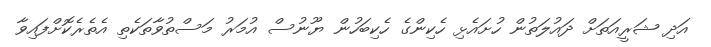
އަދި ޝަރީއަތަށް ދައުލަތުން ހުށައެޅި ހެކިންގެ ހެކިބަހުން ޔޫނުސް އުމަރު މަސްތުވާތަކެތި އެތެރެކޮށްފައިވާ